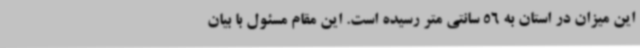
این میزان در استان به 56 سانتی متر رسیده است. این مقام مسئول با بیان